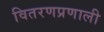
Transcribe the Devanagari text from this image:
वितरणप्रणाली